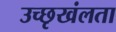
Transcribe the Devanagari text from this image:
उच्छृखंलता